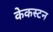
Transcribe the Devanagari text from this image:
केकस्टन